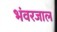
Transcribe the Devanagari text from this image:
भंवरजाल